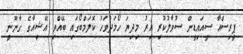
ޕީރިސްއާ ސީއައިޑީން ސުވާލުކުރި އިރު މިދިޔަ ހޯމަދުވަހު ކޮލަމްބޯގައި ބޭއްވި އޭޝިއާގެ ގާނޫނީ